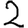
Digit: 2